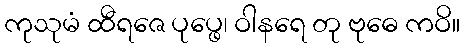
ကုသုမံ ထီရဇေ ပုပ္ဖေ၊ ဝါနရေ တု ဗုဓေ ကဝိ။